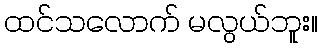
ထင်သလောက် မလွယ်ဘူး။